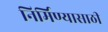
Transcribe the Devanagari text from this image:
निर्मिण्यासाठी